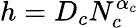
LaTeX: h=D_{c}N_{c}^{\alpha_{c}}